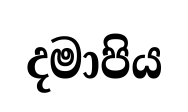
දමාපිය